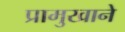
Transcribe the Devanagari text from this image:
प्रामुखाने